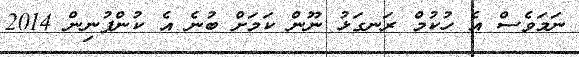
ނަމަވެސް އެ ހުކުމް ރަނގަޅު ނޫން ކަމަށް ބުނެ އެ ކުންފުނިން 2014